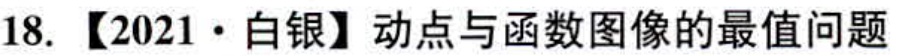
18. 【2021·白银】动点与函数图像的最值问题